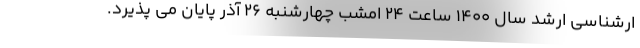
ارشناسی ارشد سال ۱۴۰۰ ساعت ۲۴ امشب چهارشنبه ۲۶ آذر پایان می پذیرد.